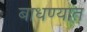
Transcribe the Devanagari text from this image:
बाधण्यात